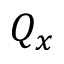
Q _ { x }